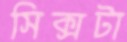
সিক্সটা